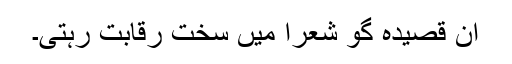
ان قصیدہ گو شعرا میں سخت رقابت رہتی۔